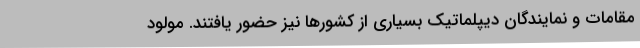
مقامات و نمایندگان دیپلماتیک بسیاری از کشورها نیز حضور یافتند. مولود